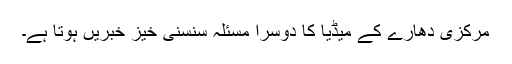
مرکزی دھارے کے میڈیا کا دوسرا مسئلہ سنسنی خیز خبریں ہوتا ہے۔